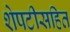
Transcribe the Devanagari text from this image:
शेपटीसहित